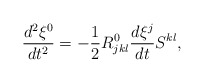
\begin{align*}\frac{d^{2}\xi^{0}}{dt^{2}}=-\frac{1}{2}R_{jkl}^{0}\frac{d\xi^{j}}{dt}S^{kl},\end{align*}